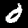
Digit: 6